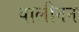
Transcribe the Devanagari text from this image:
वालीनन